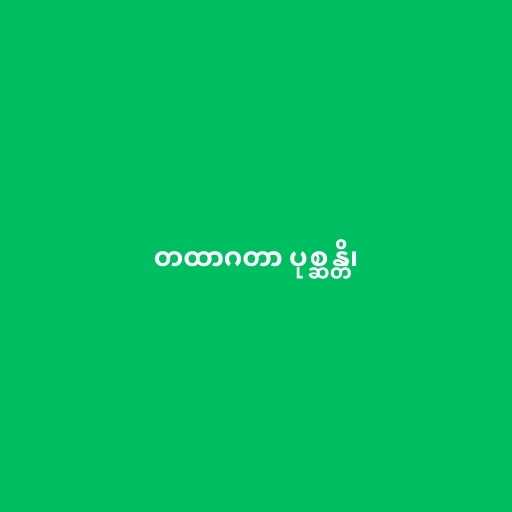
တထာဂတာ ပုစ္ဆန္တိ၊